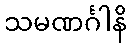
သမဏင်္ဂါနိ